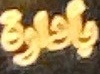
بأدارة